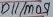
Text: D11/MOSI